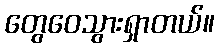
တွေဝေသွားရှာတယ်။